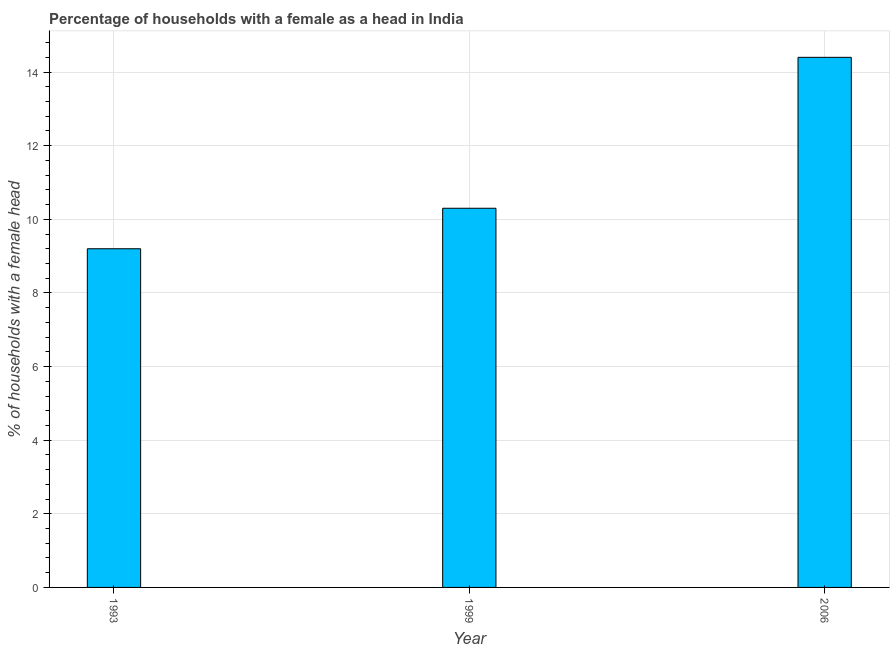
| Year | Female headed households |
 | --- | --- |
 | 1993 | 9.2 |
 | 1999 | 10.3 |
 | 2006 | 14.4 |